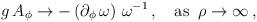
LaTeX: \begin{align*}g\, A_\phi \to - \, (\partial_\phi\, \omega)\,\,\omega^{-1}\,, \quad \mathrm{as}\;\;\rho \to \infty\,,\end{align*}